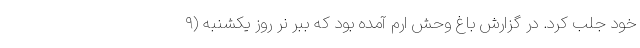
خود جلب کرد. در گزارش باغ وحش ارم آمده بود که ببر نر روز یکشنبه (٩